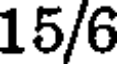
15/6